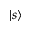
\vert s \rangle